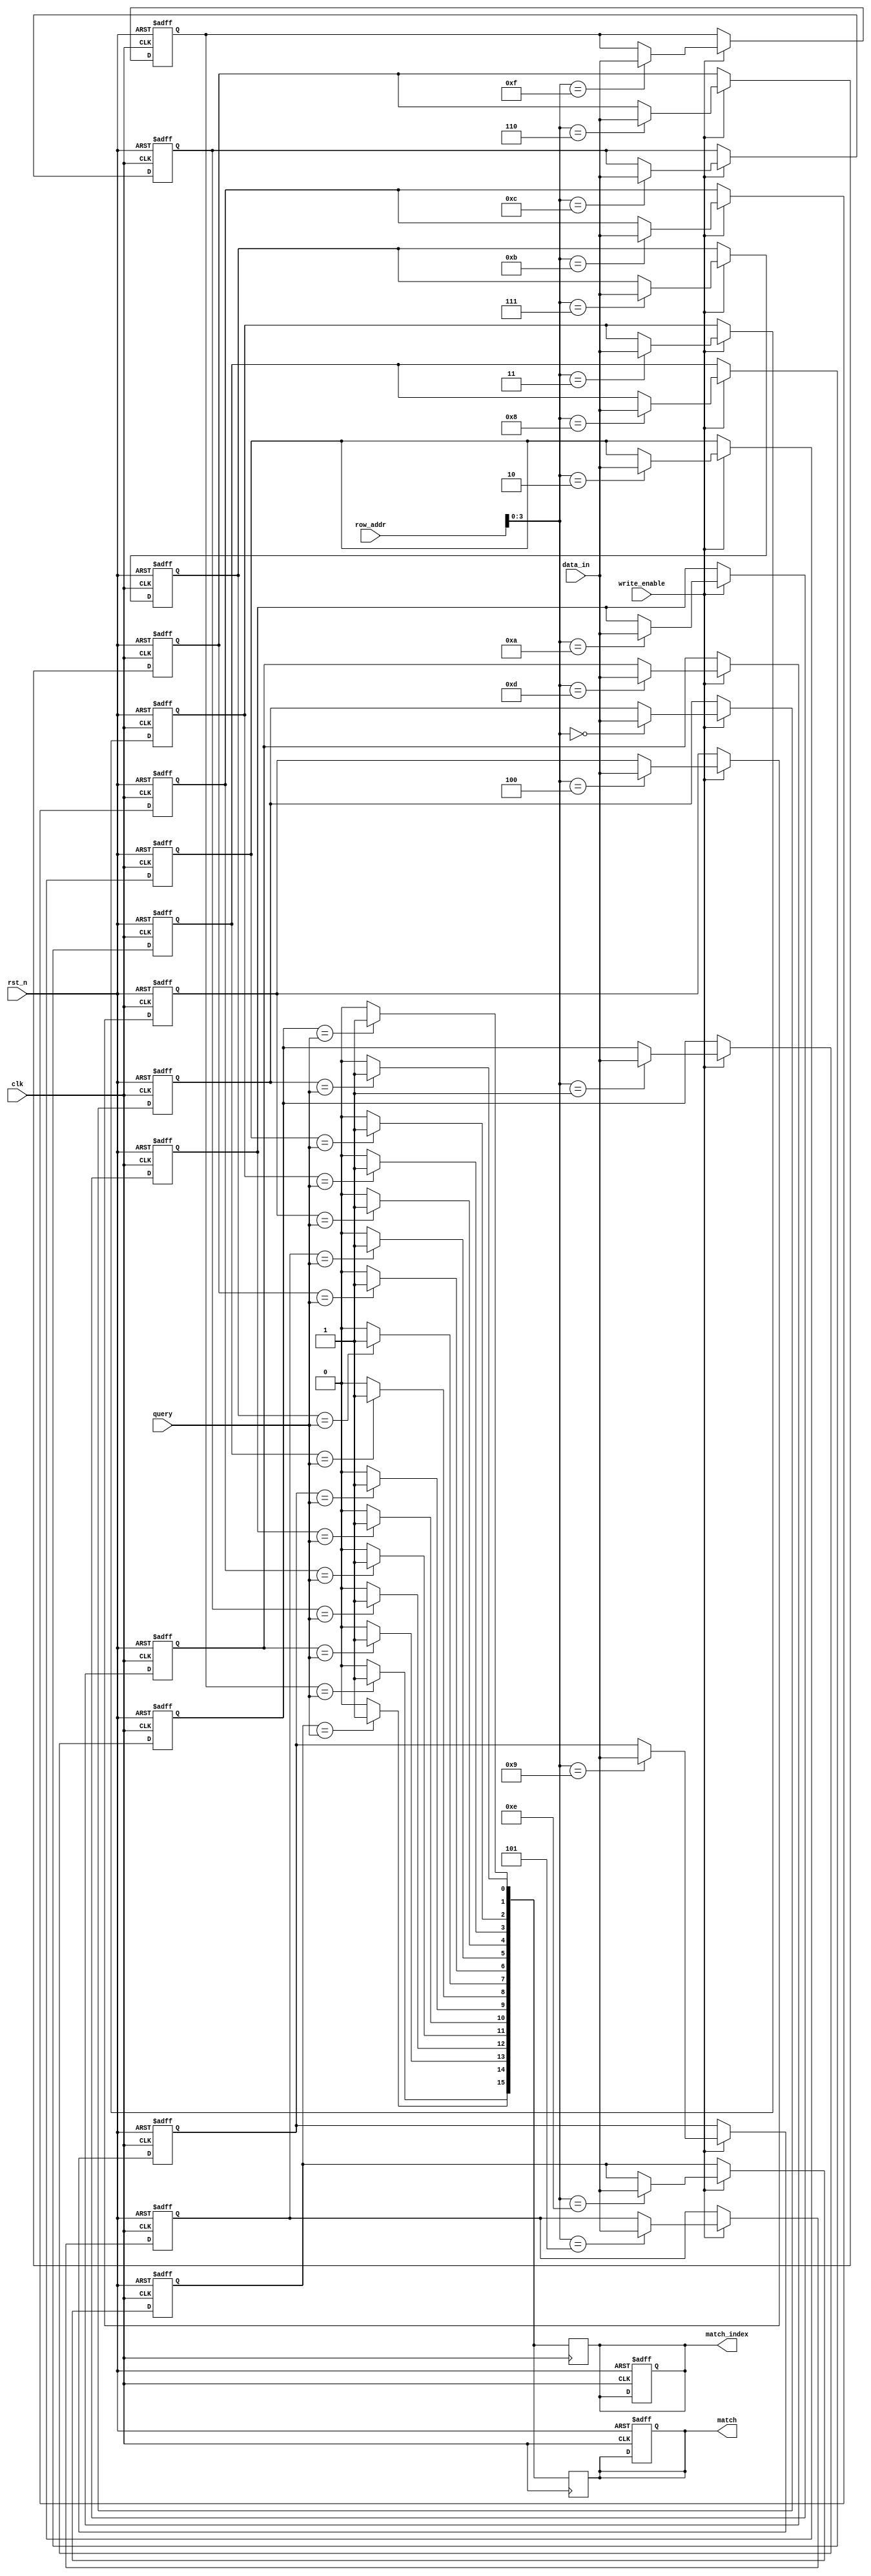
module BCAM #(
    parameter NUM_ROWS = 16,  // Number of rows in the BCAM
    parameter DATA_WIDTH = 8   // Width of each binary entry
)(
    input wire clk,                // Clock signal
    input wire rst_n,              // Active low reset
    input wire [DATA_WIDTH-1:0] query, // Input query
    input wire write_enable,       // Write enable signal
    input wire [DATA_WIDTH-1:0] data_in, // Data to write
    input wire [NUM_ROWS-1:0] row_addr, // Row address for writing
    output reg [NUM_ROWS-1:0] match, // Match output
    output reg [NUM_ROWS-1:0] match_index // Index of matching rows
);

// Memory array to store binary values
reg [DATA_WIDTH-1:0] memory [0:NUM_ROWS-1];

// Internal signals
reg [NUM_ROWS-1:0] temp_match;
integer i;

// Write operation
always @(posedge clk or negedge rst_n) begin
    if (!rst_n) begin
        // Reset memory
        for (i = 0; i < NUM_ROWS; i = i + 1) begin
            memory[i] <= {DATA_WIDTH{1'b0}};
        end
        match <= {NUM_ROWS{1'b0}};
        match_index <= {NUM_ROWS{1'b0}};
    end else if (write_enable) begin
        // Write data to specified row
        memory[row_addr] <= data_in;
    end
end

// Comparison logic
always @(*) begin
    temp_match = {NUM_ROWS{1'b0}}; // Clear temp match
    for (i = 0; i < NUM_ROWS; i = i + 1) begin
        if (memory[i] == query) begin
            temp_match[i] = 1'b1; // Set match if equal
        end
    end
end

// Match detection
always @(posedge clk) begin
    match <= temp_match; // Update match output
    match_index <= temp_match; // Store match indices
end

endmodule